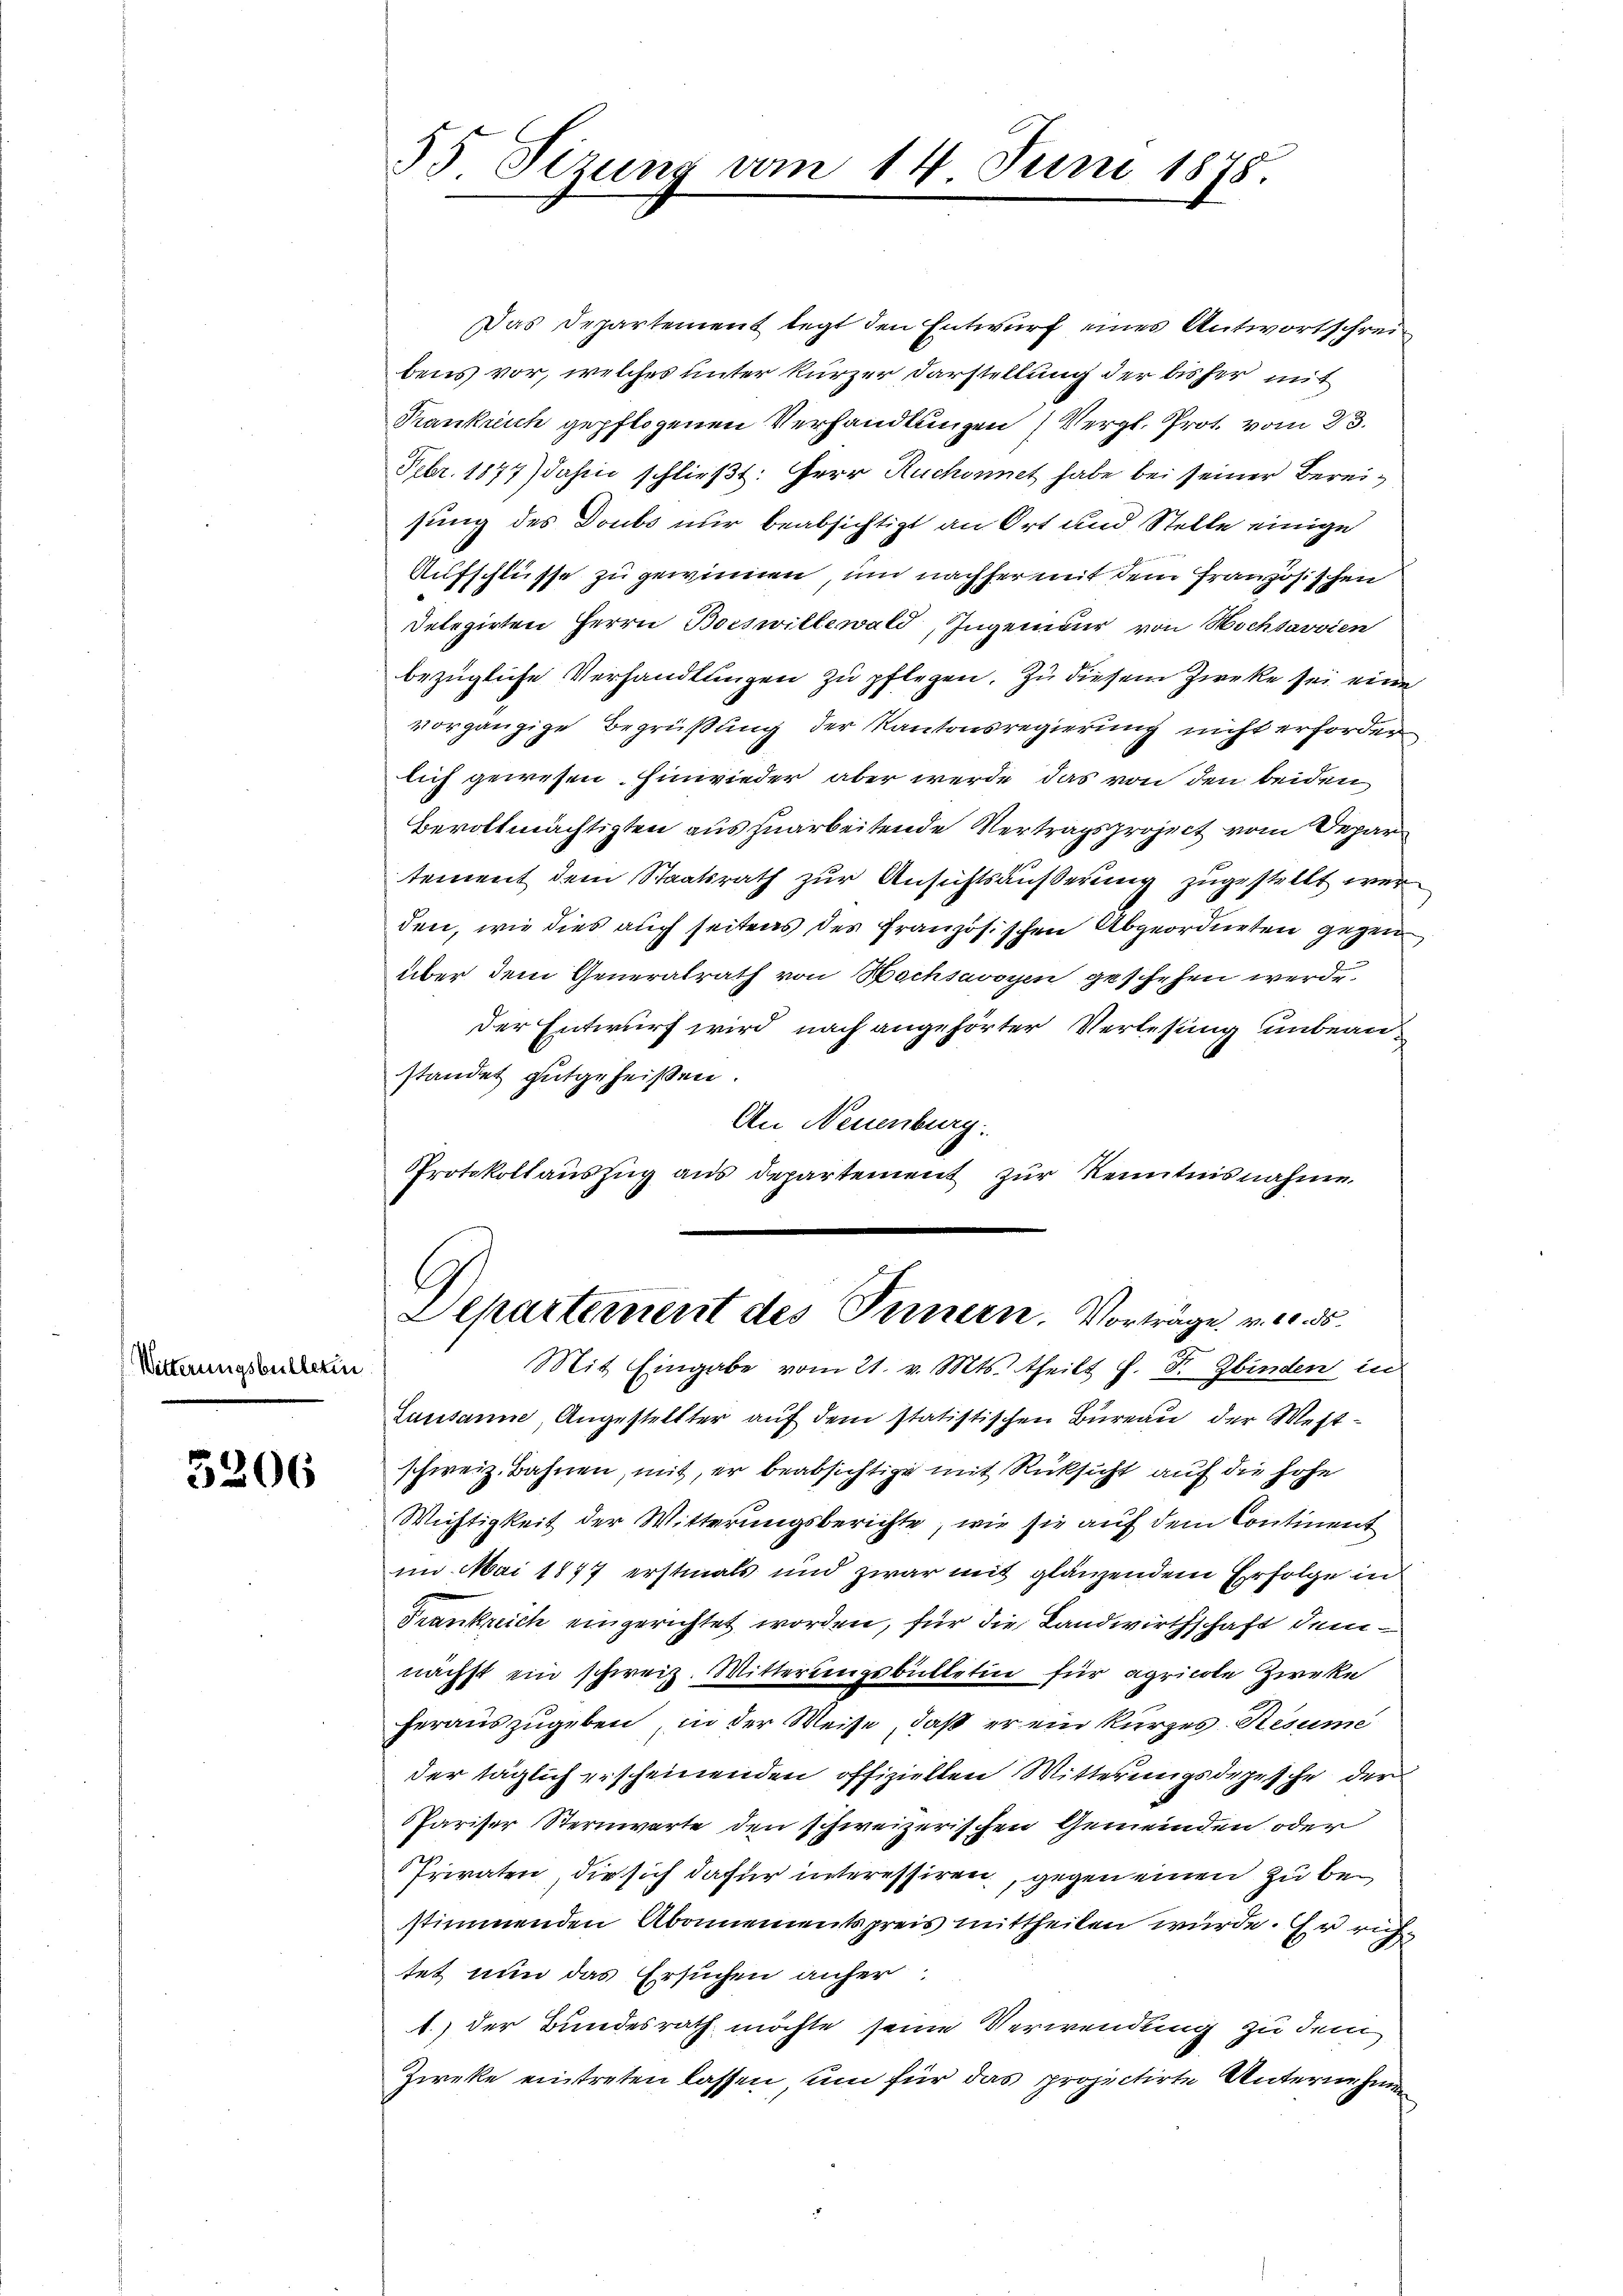
Witterungsbüllerin

5206

55. Sizung vom 14. Juni 1878.

Das Departement legt den Entwurf eines Antwortschreibens vor, welches unter kurzer Darstellung der bisher mit
Frankrich gepflogenen Verhandlungen (Vergl. Prot. vom 23.
Febr. 1877) dahin schließt: Herr Ruchonnet habe bei seiner Bereisung des Doubs nur beabsichtigt an Ort und Stelle einige
Aufschlüsse zu gewinnen, und nachher mit dem Französischen
Delegirten Herrn Boeswillewald, Ingenieur von Hochsavvien
bezügliche Verhandlungen zu pflegen. Zu diesem Zwecke sei eine
vorgängige Begrüßung der Kantonsregierung nicht erforder
lich gewesen Einwieder aber werde, das von den beiden
Bevollmächtigten auszuarbeitende Vertragsproject vom Depar
tement dem Staatsrath zur Ansichtsäußerung zugestellt werden, wie dies auch seitens des Französischen Abgeordneten gegen
über dem Generalrath von Hochsavoyen geschehen werde
der Entwurf wird nach angehörter Verlesung unbeanstandet gutgeheißen.
An Neuenburg.
Protokollauszug aus departement zur Kenntnisnahme
C
Departement des Innern. Vorträge. v. 2. 55.
Mit Eingabe vom 21. v. Mts. theilt f. F. Zbinden in
Lausanne, Angestellter auf dem statistischen Bureau der Westschweiz. Bahnen, mit, er beabsichtige mit Rücksicht auf die hohe
Wichtigkeit der Witterungsberichte, wie sie auf dem Continent
im Mai 1877 erstmals und zwar mit glänzendem Erfolge in
Frankreich eingerichtet worden, für die Landwirthschaft demnächst ein schweiz. Mitterungsbütteten für agricole Zirke
herauszugeben, in der Weise, daß er ein kurzes Resume
der täglich erscheinenden offiziellen Witterungsdepesche der
Pariser Sternwarte den schweizerischen Gemeinden oder
Privaten, die sich dafür interessiren, gegen einen zu bestimmenden Abonnementspreis mittheilen würde. Er richtet nun das Ersuchen anfer
1.) der Bundesrath möchte seine Verwendung zu dem
Zieke eintreten lassen, um für das projectirte Unternehmen